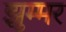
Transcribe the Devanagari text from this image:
झुम्मर